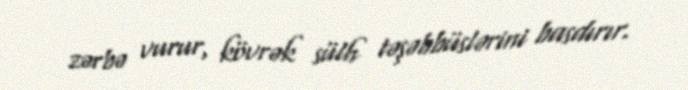
zərbə vurur, kövrək sülh təşəbbüslərini basdırır.